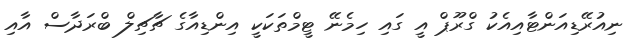
ނިއުރޭޑިއަންޓާއިއެކު ގްރޫޕް އީ ގައި ހިމެނޭ ޓީމްތަކަކީ އިންޑިއާގެ ޗާޗިލް ބްރަދާސް އާއި